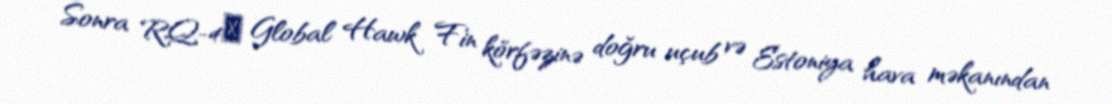
Sonra RQ-4А Global Hawk Fin körfəzinə doğru uçub və Estoniya hava məkanından